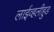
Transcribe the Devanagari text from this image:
लाईव्हलीहुड